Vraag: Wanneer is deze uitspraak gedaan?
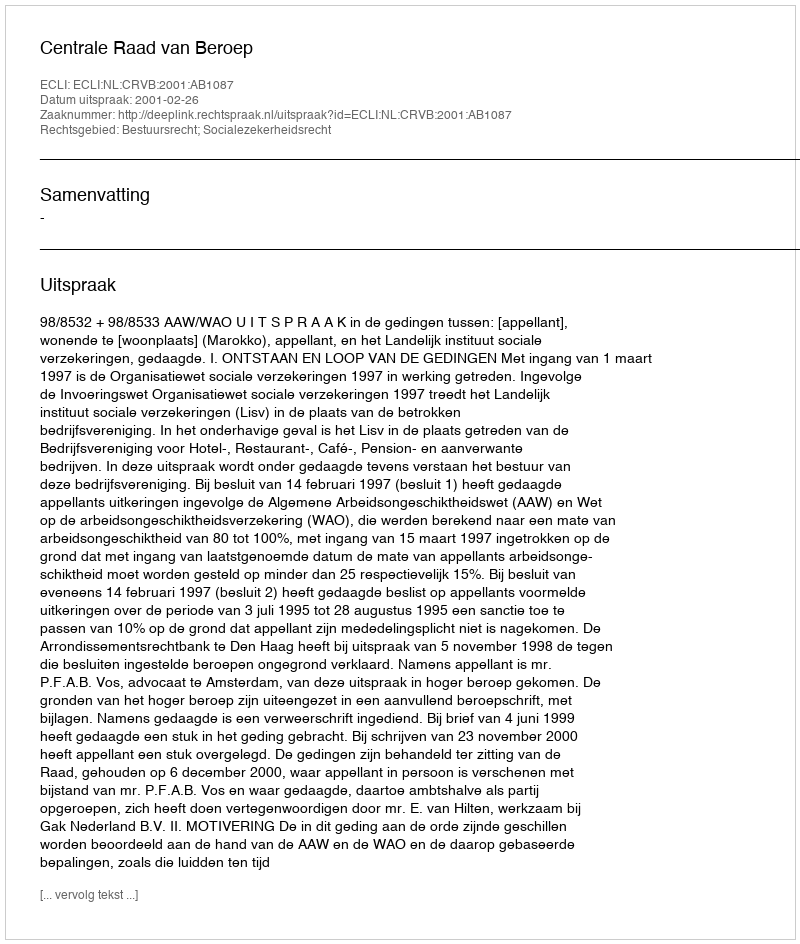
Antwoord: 2001-02-26